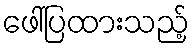
ဖေါ်ပြထားသည့်